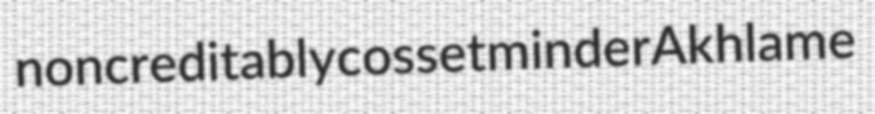
noncreditably cosset minder Akhlame